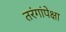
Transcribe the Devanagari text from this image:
तरंगांपेक्षा